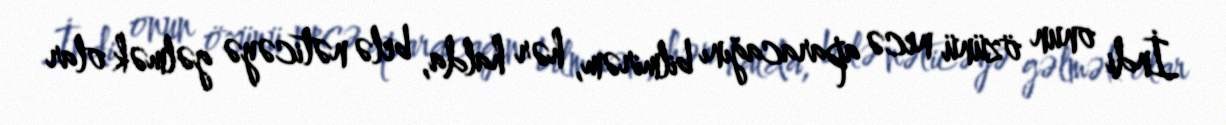
İndi onun özünü necə aparacağını bilmirəm, hər halda, belə nəticəyə gəlmək olar